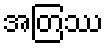
အတြဿ